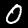
Label: 0